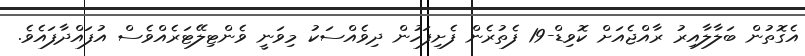
އެގޮތުން ބަލާލާއިރު ރާއްޖެއަށް ކޮވިޑް-19 ފެތުރެން ފެށިފަހުން ދިވެއްސަކު މިވަނީ ވެންޓިލޭޓަރެއްވެސް އުފައްދާފައެވެ.